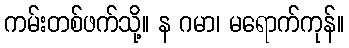
ကမ်းတစ်ဖက်သို့။ န ဂမာ၊ မရောက်ကုန်။